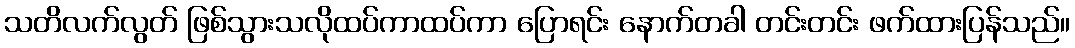
သတိလက်လွတ် ဖြစ်သွားသလိုထပ်ကာထပ်ကာ ပြောရင်း နောက်တခါ တင်းတင်း ဖက်ထားပြန်သည်။